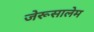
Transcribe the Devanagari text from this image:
जेरूसालेम